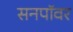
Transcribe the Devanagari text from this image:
सनपॉवर